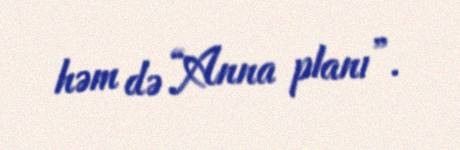
həm də “Anna planı”.